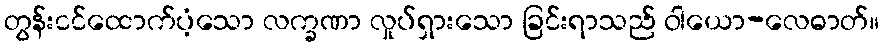
တွန်းငင်ထောက်ပံ့သော လက္ခဏာ လှုပ်ရှားသော ခြင်းရာသည် ဝါယော-လေဓာတ်။